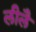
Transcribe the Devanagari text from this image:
लीलै